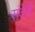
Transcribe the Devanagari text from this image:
संदेरी